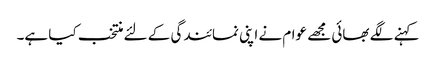
کہنے لگے بھائی مجھے عوام نے اپنی نمائندگی کے لئے منتخب کیا ہے۔